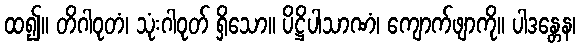
ထ၍။ တိဂါဝုတံ၊ သုံးဂါဝုတ် ရှိသော။ ပိဋ္ဌိပါသာဏံ၊ ကျောက်ဖျာကို။ ပါဒန္တေန၊